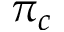
\pi _ { c }